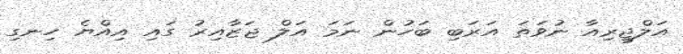
އަލްޖީރިއާ ނުވަތަ އަރަބި ބަހުން ނަމަ އަލް ޖަޒާއިރު ގައި އިއްޔެ ހިނގި